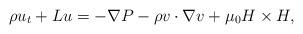
LaTeX: \begin{align*}\displaystyle\rho u_t+Lu=-\nabla P-\rho v\cdot \nabla v+\mu_0H\times H,\end{align*}